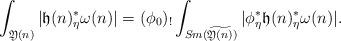
LaTeX: \begin{align*}\int_{\mathfrak Y(n)}|\mathfrak h(n)_{\eta}^*\omega(n)|=(\phi_0)_!\int_{Sm(\widetilde{\mathfrak Y(n)})}|\phi_{\eta}^*\mathfrak h(n)_{\eta}^*\omega(n)|.\end{align*}